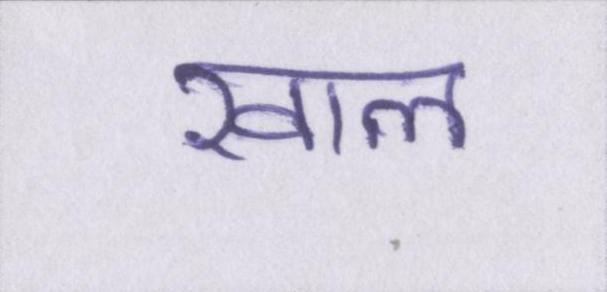
खाल